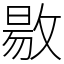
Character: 敭